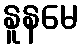
နူနမေ